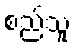
စည်သူ